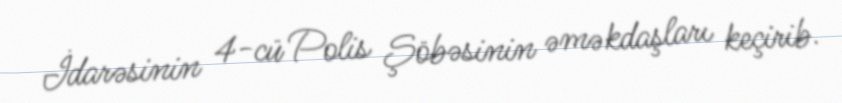
İdarəsinin 4-cü Polis Şöbəsinin əməkdaşları keçirib.